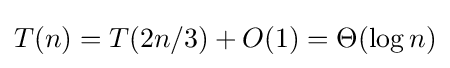
T(n)=T(2n/3)+O(1)=\Theta (\log n)